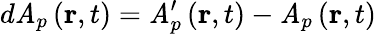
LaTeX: d\mathit{A}_{p}\left(\mathbf{{r}},t\right)=\mathit{A}_{p}^{\prime}\left(\mathbf{{r}},t\right)-\mathit{A}{}_{p}\left(\mathbf{{r}},t\right)